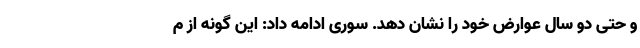
و حتی دو سال عوارض خود را نشان دهد. سوری ادامه داد: این گونه از م